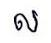
ល